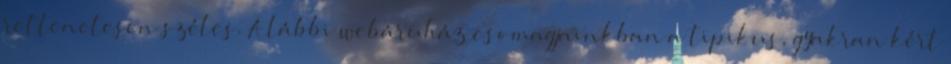
rettenetesen széles. Alábbi webáruház csomagjainkban a tipikus, gyakran kért